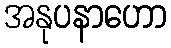
အနုပနာဟော